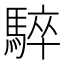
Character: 𩤏